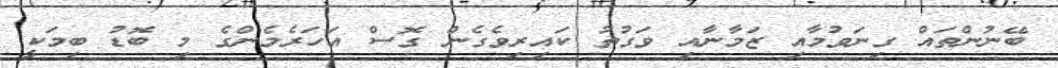
ބޭނުންތައް ގިނަވުމާއި ޒަމާނާއި ވަގުތު ކައިރިވެގެން ގޮސް އަހަރެމެންގެ މި ބޮޑު ބިމަކީ